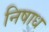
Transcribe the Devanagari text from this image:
निषाध